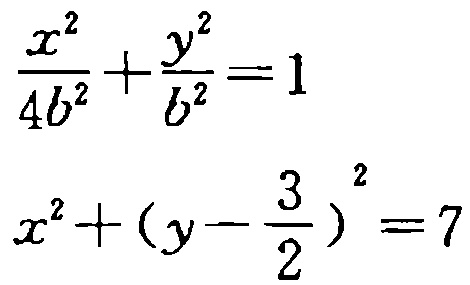
\[\frac{x^{2}}{4b^{2}}+\frac{y^{2}}{b^{2}} = 1\]
\[x^{2}+(y - \frac{3}{2})^{2}=7\]